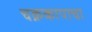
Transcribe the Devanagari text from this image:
चक्रकापाचा